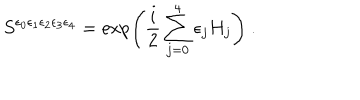
LaTeX: S ^ { \epsilon _ { 0 } \epsilon _ { 1 } \epsilon _ { 2 } \epsilon _ { 3 } \epsilon _ { 4 } } = \exp \left( \frac { i } { 2 } \sum _ { j = 0 } ^ { 4 } \epsilon _ { j } H _ { j } \right) ~ .